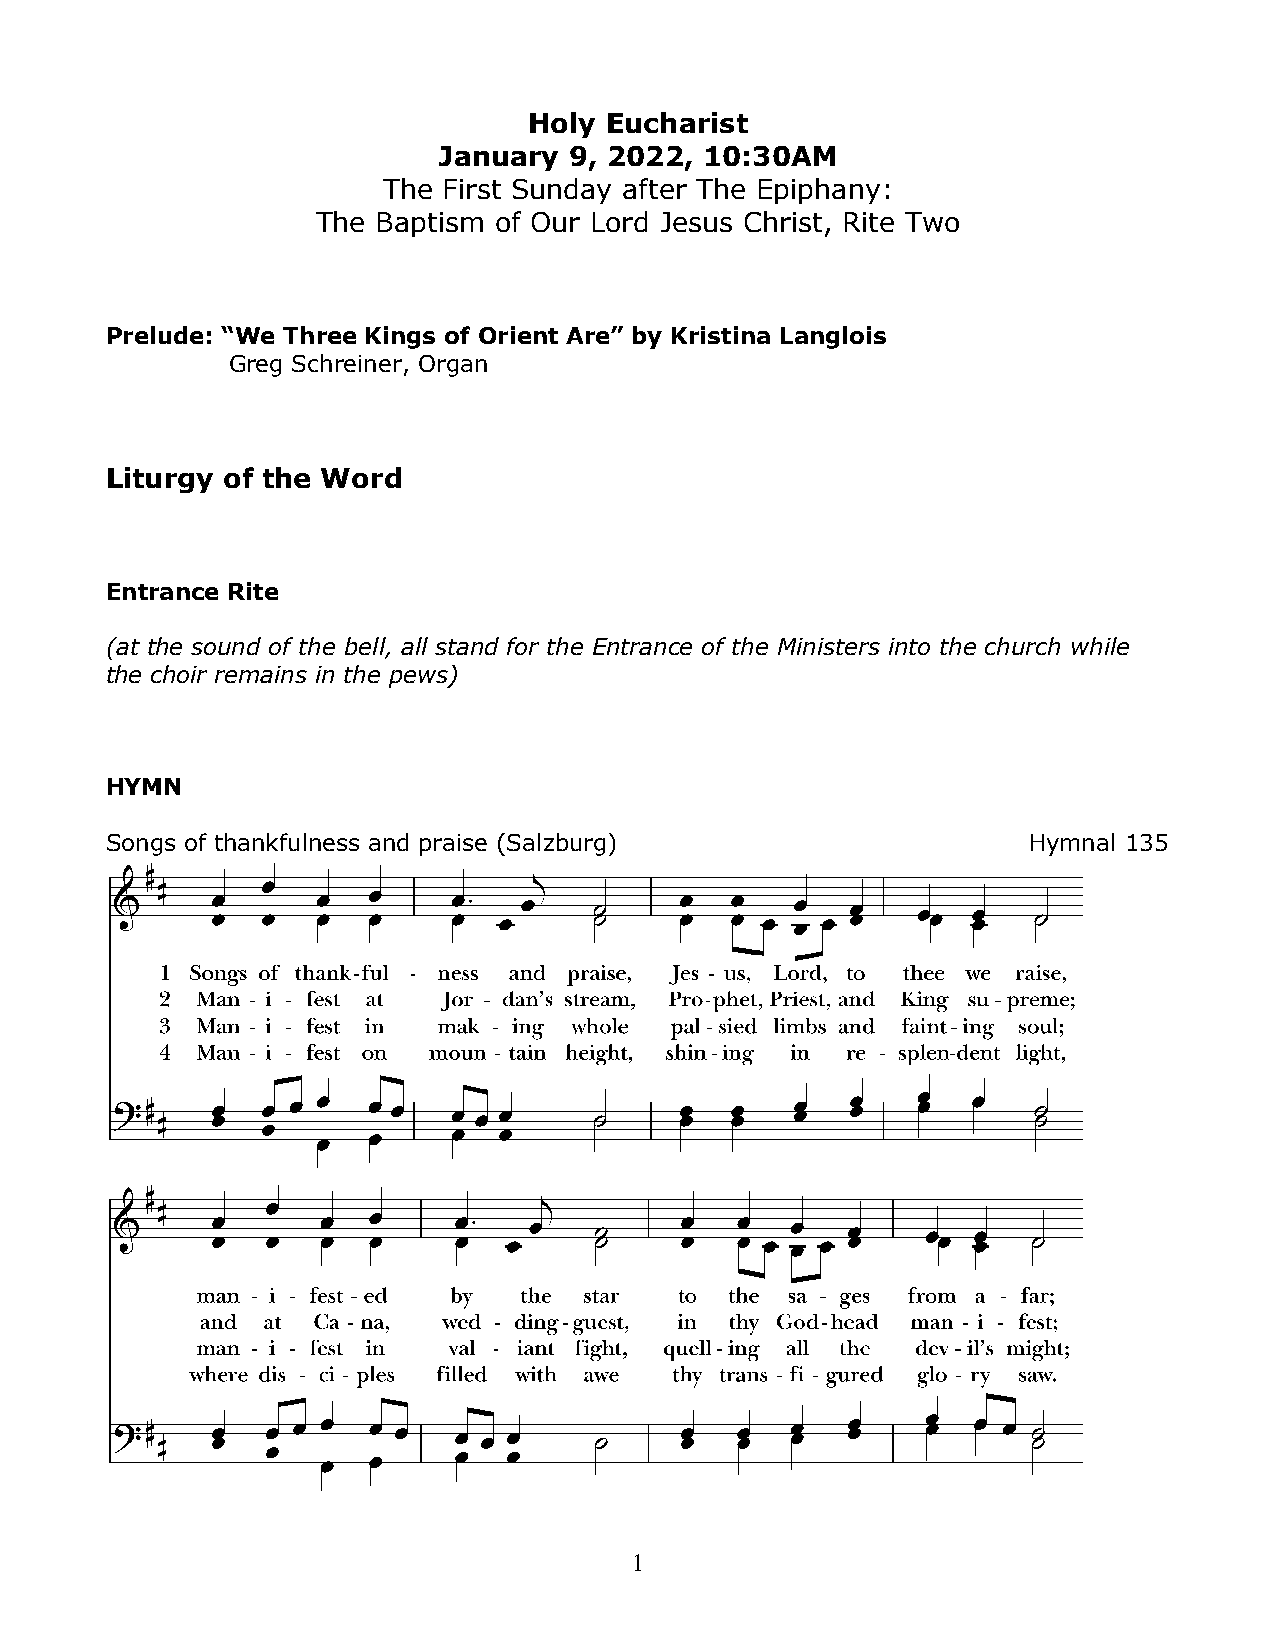
Holy Eucharist
 January  9, 2022, 10:30AM
 The First Sunday after The Epiphany:
 The Baptism of Our Lord Jesus Christ, Rite Two
 Prelude: “We Three Kings of Orient Are” by Kristina Langlois
 Greg Schreiner, Organ
 Liturgy of the Word
 Entrance Rite
 (at the sound of the bell, all stand for the Entrance of the Ministers into the church while
 the choir remains in the pews)
 HYMN
 Songs of thankfulness and praise (Salzburg)                  Hymnal 135
 1